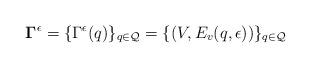
LaTeX: \begin{align*}\mathbf{\Gamma}^{\epsilon}=\{\Gamma^{\epsilon}(q)\}_{q\in\mathcal{Q}}=\{(V,E_{v}(q,\epsilon))\}_{q\in\mathcal{Q}}\end{align*}